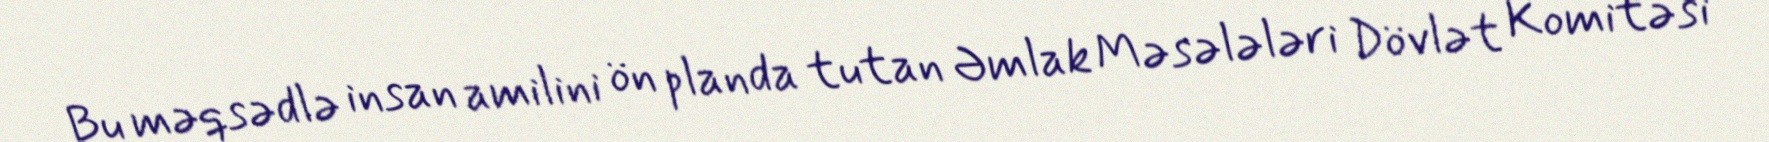
Bu məqsədlə insan amilini ön planda tutan Əmlak Məsələləri Dövlət Komitəsi